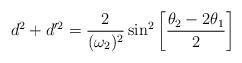
LaTeX: \begin{align*}d^2 + d'^2 = {2 \over (\omega_2)^2} \sin ^2 \left[{\theta_2 - 2\theta _1 \over 2} \right]\end{align*}